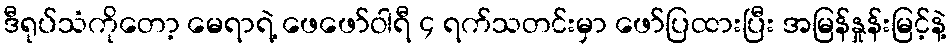
ဒီရုပ်သံကိုတော့ မေရာရဲ့ ဖေဖော်ဝါရီ ၄ ရက်သတင်းမှာ ဖော်ပြထားပြီး အမြန်နှုန်းမြင့်နဲ့